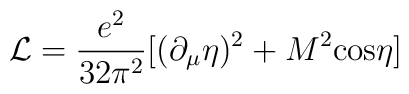
{\cal L}=\frac{e^2}{32\pi^2}[(\partial_\mu\eta )^2+M^2{\rm cos}\eta]